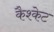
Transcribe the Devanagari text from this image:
कैश्केट